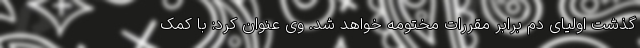
گذشت اولیای دم برابر مقررات مختومه خواهد شد. وی عنوان کرد: با کمک